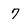
Character: 7